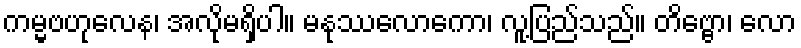
ကမ္မဗဟုလေန၊ အလိုမရှိပါ။ မနုဿလောကော၊ လူ့ပြည်သည်။ တိဗ္ဗော၊ လော